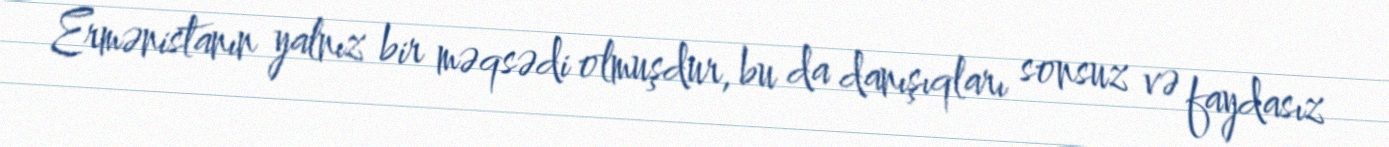
Ermənistanın yalnız bir məqsədi olmuşdur, bu da danışıqları sonsuz və faydasız